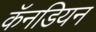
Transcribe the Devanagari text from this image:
कॅनडियन